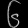
Digit: ၆